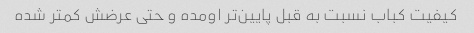
کیفیت کباب نسبت به قبل پایین‌تر اومده و حتی عرضش کمتر شده